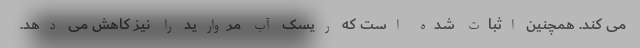
می کند. همچنین اثبات شده است که ریسک آب مروارید را نیز کاهش می دهد.